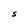
Character: S